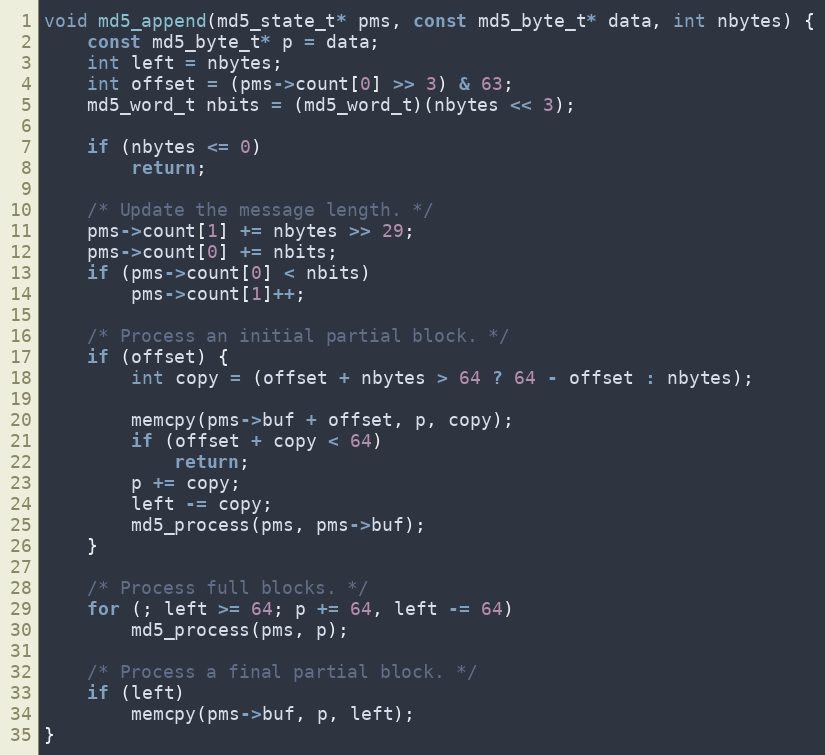
Language: C++
void md5_append(md5_state_t* pms, const md5_byte_t* data, int nbytes) {
    const md5_byte_t* p = data;
    int left = nbytes;
    int offset = (pms->count[0] >> 3) & 63;
    md5_word_t nbits = (md5_word_t)(nbytes << 3);

    if (nbytes <= 0)
        return;

    /* Update the message length. */
    pms->count[1] += nbytes >> 29;
    pms->count[0] += nbits;
    if (pms->count[0] < nbits)
        pms->count[1]++;

    /* Process an initial partial block. */
    if (offset) {
        int copy = (offset + nbytes > 64 ? 64 - offset : nbytes);

        memcpy(pms->buf + offset, p, copy);
        if (offset + copy < 64)
            return;
        p += copy;
        left -= copy;
        md5_process(pms, pms->buf);
    }

    /* Process full blocks. */
    for (; left >= 64; p += 64, left -= 64)
        md5_process(pms, p);

    /* Process a final partial block. */
    if (left)
        memcpy(pms->buf, p, left);
}